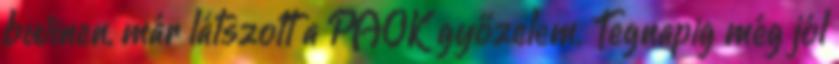
bwinen, már látszott a PAOK győzelem. Tegnapig még jól